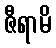
ဇီရာမိ